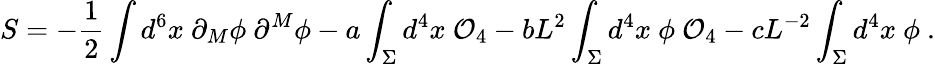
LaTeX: S=-{\frac{1}{2}}\int d^{6}x~\partial_{M}\phi~\partial^{M}\phi-a\int_{\Sigma}d^{4}x~{\cal O}_{4}-bL^{2}\int_{\Sigma}d^{4}x~\phi~{\cal O}_{4}-cL^{-2}\int_{\Sigma}d^{4}x~\phi~.